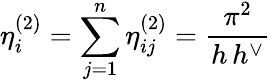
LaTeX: \eta_{i}^{(2)}=\sum_{j=1}^{n}\eta_{ij}^{(2)}=\frac{\pi^{2}}{h\, h^{\vee}}